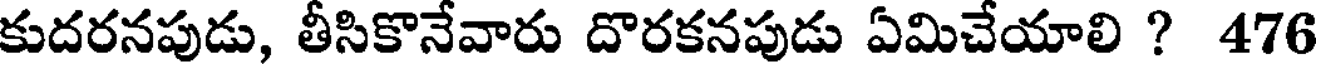
కుదరనపుడు, తీసికొనేవారు దొరకనపుడు ఏమిచేయాలి ? 476